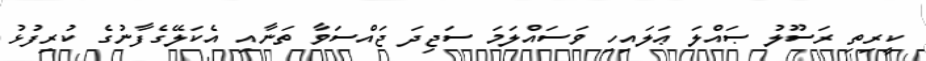
ކީރިތި ރަސޫލު ޞައްލަ ޢަލައިހި ވަސައްލަމަ ސަޖިދަ ޖައްސަވާ ތަނާއި އެކަލޭގެފާނުގެ ކުރިފުޅު